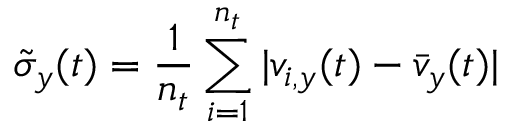
\tilde { \sigma } _ { y } ( t ) = \frac { 1 } { n _ { t } } \sum _ { i = 1 } ^ { n _ { t } } | v _ { i , y } ( t ) - \bar { v } _ { y } ( t ) |